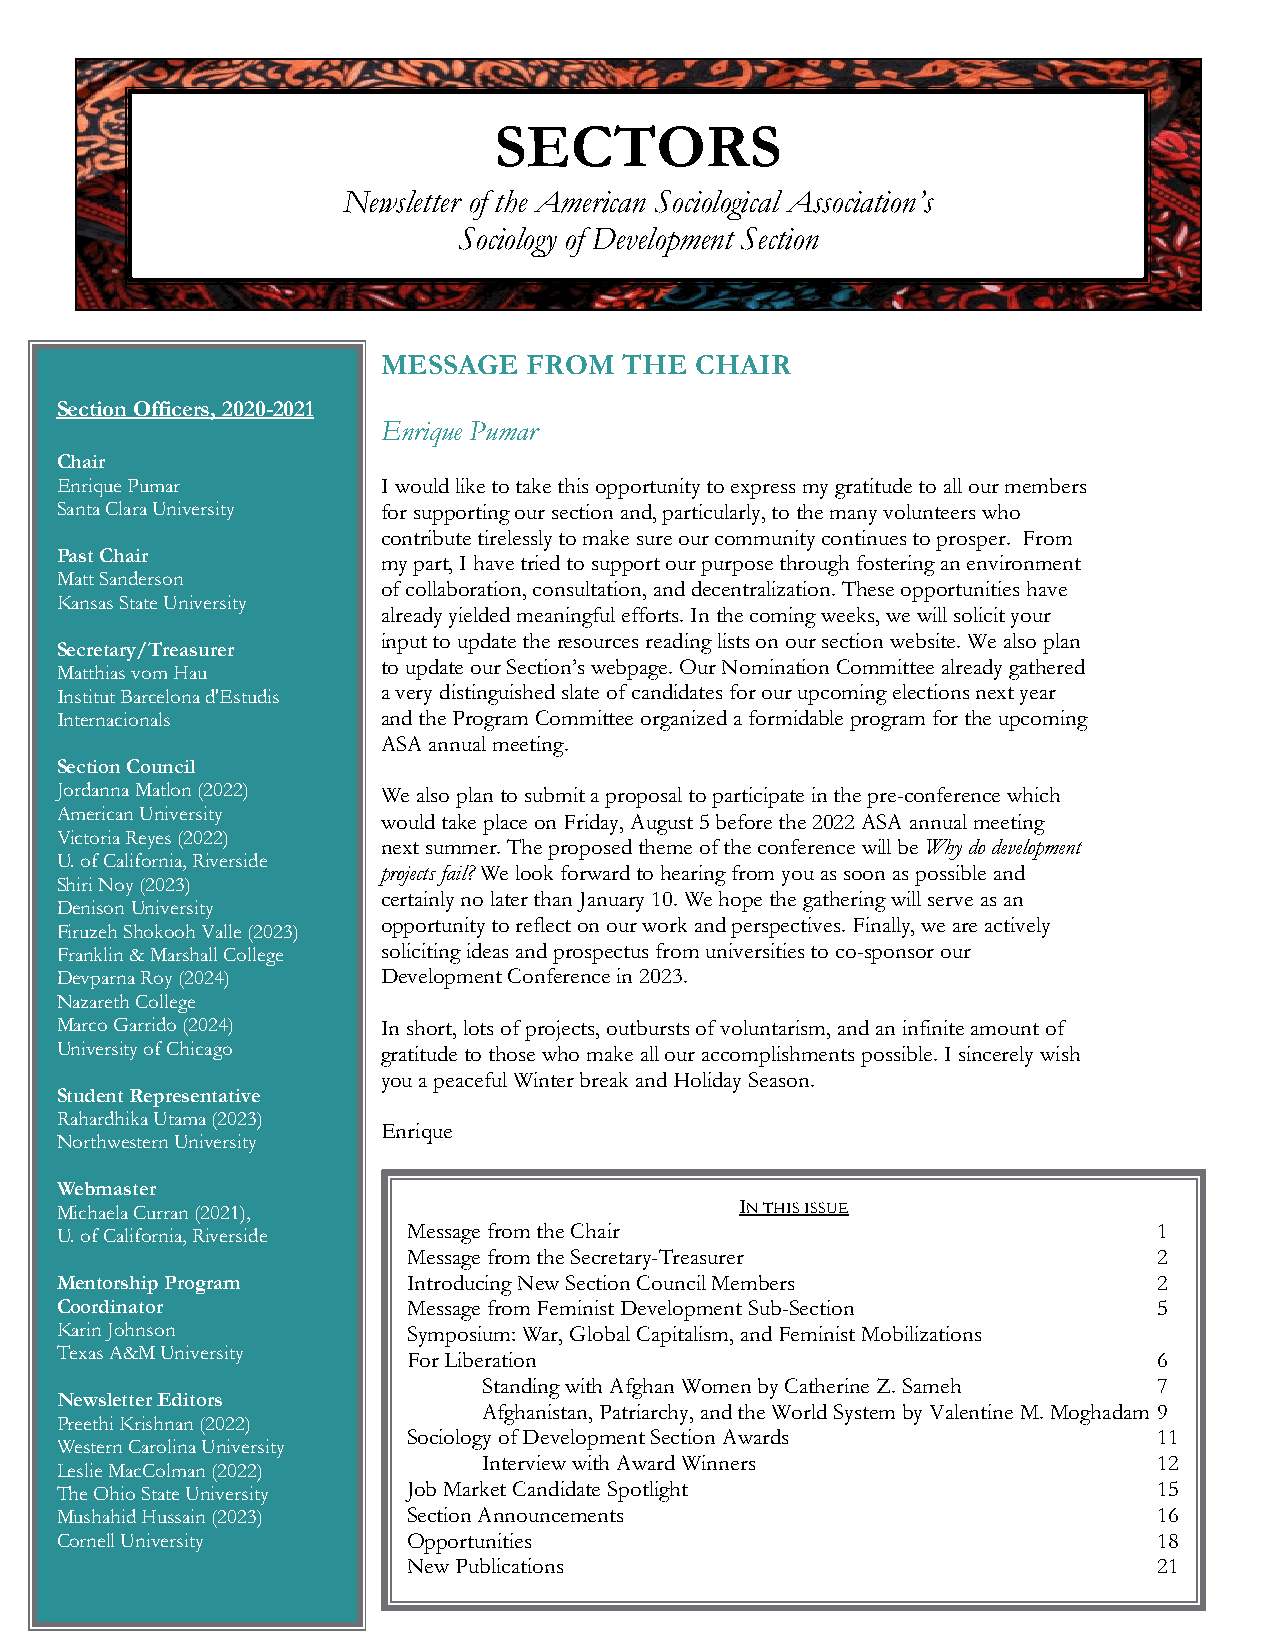
SECTORS
 Fa ll/Winter 2019                                                Volume 6 (2)
 Newsletter of the American Sociological Association’s
 Sociology of Development Section
 MESSAGE   FROM  THE  CHAIR
 Section Officers, 2020-2021
 Enrique Pumar
 Chair
 Enrique Pumar        I would like to take this opportunity to express my gratitude to all our members
 Santa Clara University for supporting our section and, particularly, to the many volunteers who
 contribute tirelessly to make sure our community continues to prosper. From
 Past Chair
 my part, I have tried to support our purpose through fostering an environment
 Matt Sanderson
 of collaboration, consultation, and decentralization. These opportunities have
 Kansas State University
 already yielded meaningful efforts. In the coming weeks, we will solicit your
 input to update the resources reading lists on our section website. We also plan
 Secretary/Treasurer
 to update our Section’s webpage. Our Nomination Committee already gathered
 Matthias vom Hau
 Institut Barcelona d'Estudis a very distinguished slate of candidates for our upcoming elections next year
 Internacionals       and the Program Committee organized a formidable program for the upcoming
 ASA annual meeting.
 Section Council
 Jordanna Matlon (2022) We also plan to submit a proposal to participate in the pre-conference which
 American University
 would take place on Friday, August 5 before the 2022 ASA annual meeting
 Victoria Reyes (2022)
 next summer. The proposed theme of the conference will be Why do development
 U. of California, Riverside
 projects fail? We look forward to hearing from you as soon as possible and
 Shiri Noy (2023)
 certainly no later than January 10. We hope the gathering will serve as an
 Denison University
 opportunity to reflect on our work and perspectives. Finally, we are actively
 Firuzeh Shokooh Valle (2023)
 Franklin & Marshall College soliciting ideas and prospectus from universities to co-sponsor our
 Devparna Roy (2024)  Development Conference in 2023.
 Nazareth College
 Marco Garrido (2024) In short, lots of projects, outbursts of voluntarism, and an infinite amount of
 University of Chicago gratitude to those who make all our accomplishments possible. I sincerely wish
 you a peaceful Winter break and Holiday Season.
 Student Representative
 Rahardhika Utama (2023)
 Enrique
 Northwestern University
 Webmaster
 Michaela Curran (2021),                      IN THIS ISSUE
 U. of California, Riverside Message from the Chair                       1
 Message from the Secretary-Treasurer              2
 Mentorship Program     Introducing New Section Council Members           2
 Coordinator            Message from Feminist Development Sub-Section     5
 Karin Johnson          Symposium: War, Global Capitalism, and Feminist Mobilizations
 Texas A&M University
 For Liberation                                    6
 Standing with Afghan Women by Catherine Z. Sameh 7
 Newsletter Editors
 Afghanistan, Patriarchy, and the World System by Valentine M. Moghadam 9
 Preethi Krishnan (2022)
 Sociology of Development Section Awards           11
 Western Carolina University
 Interview with Award Winners                 12
 Leslie MacColman (2022)
 The Ohio State University Job Market Candidate Spotlight                 15
 Mushahid Hussain (2023) Section Announcements                            16
 Cornell University     Opportunities                                     18
 New Publications                                  21